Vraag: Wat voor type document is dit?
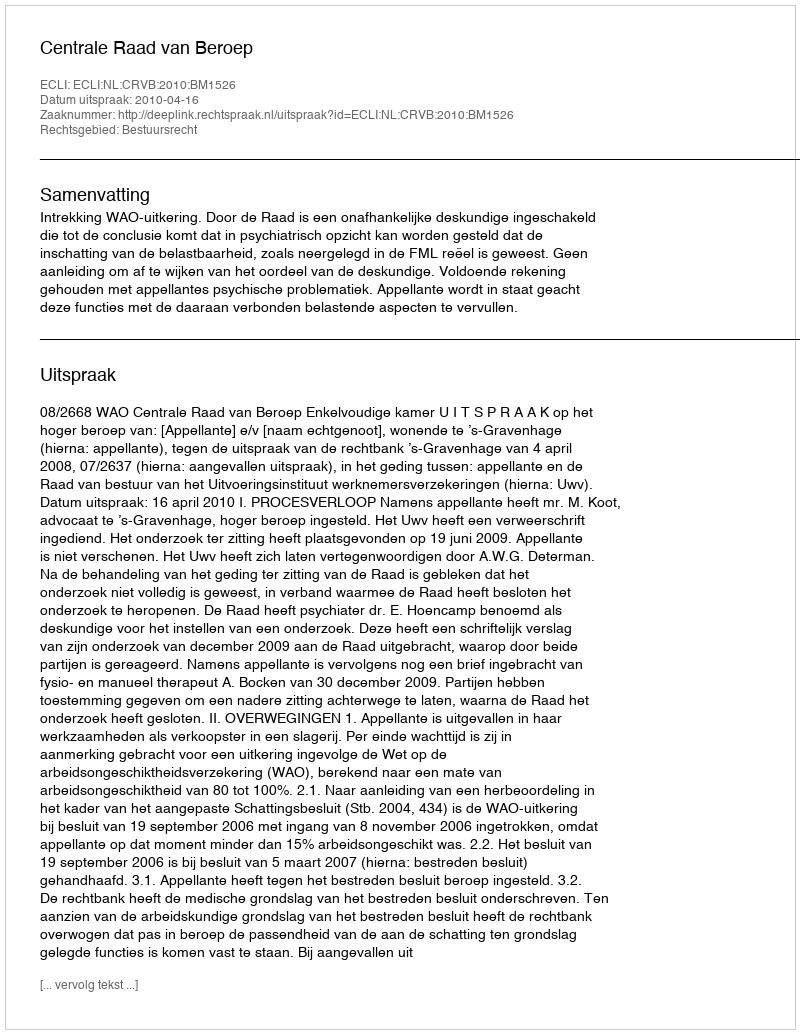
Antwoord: Uitspraak